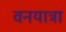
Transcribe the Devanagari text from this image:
वनयात्रा